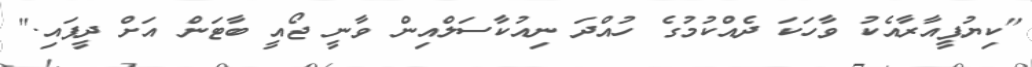
"ކިޔުޕީއާރާއެކު ވާހަކަ ދެއްކުމުގެ ހުއްދަ ނިއުކާސަލްއިން ވާނީ ޖޯއީ ބާޓަން އަށް ދީފައި."